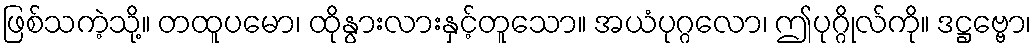
ဖြစ်သကဲ့သို့။ တထူပမော၊ ထိုနွားလားနှင့်တူသော။ အယံပုဂ္ဂလော၊ ဤပုဂ္ဂိုလ်ကို။ ဒဋ္ဌဗ္ဗော၊